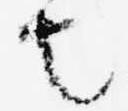
也